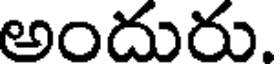
అందురు.